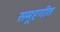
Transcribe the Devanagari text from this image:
समूहगीत